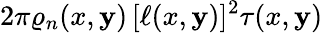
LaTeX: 2\pi\varrho_{n}(x,\mathbf{y})\, [\ell(x,\mathbf{y})]^{2}\tau(x,\mathbf{y})